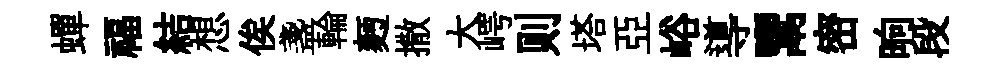
蟬福結想俟盞輪麪撒大崿则塔亞峪導鬻密晌段